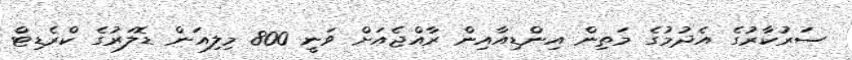
ސަރުކާރުގެ އެދުމުގެ މަތިން އިންޑިއާއިން ރާއްޖެއަށް ވަނީ 800 މިލިއަން ޑޮލަރުގެ ކްރެޑިޓް